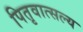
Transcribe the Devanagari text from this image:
पितृवात्सल्य